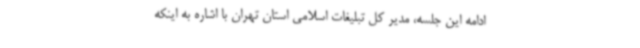
ادامه این جلسه، مدیر کل تبلیغات اسلامی استان تهران با اشاره به اینکه